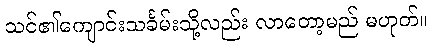
သင်၏ကျောင်းသင်္ခမ်းသို့လည်း လာတော့မည် မဟုတ်။